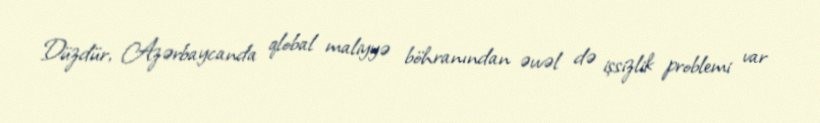
Düzdür, Azərbaycanda qlobal maliyyə böhranından əvvəl də işsizlik problemi var